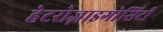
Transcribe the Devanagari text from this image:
हेटरोज़ाइगोसिटी